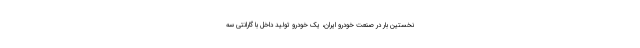
نخستین بار در صنعت خودرو ایران، یک خودرو تولید داخل با گارانتی سه